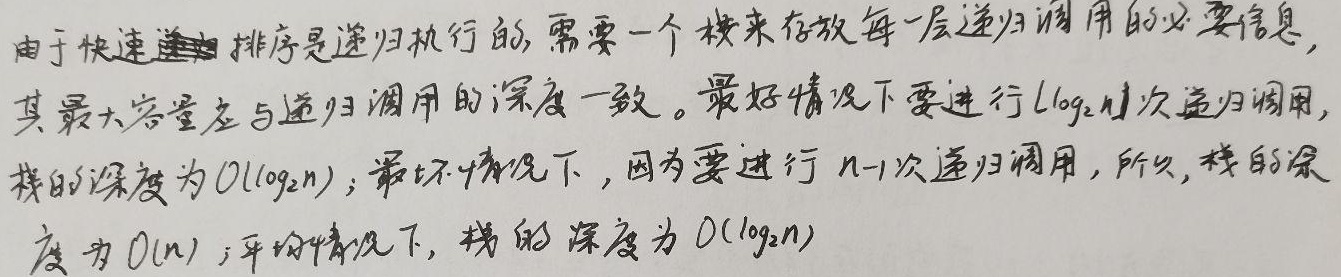
由于快速排序是递归执行的，需要一个栈来存放每一层递归调用的必要信息，其最大容量应与递归调用的深度一致。最好情况下要进行$\lfloor\log_2 n\rfloor$次递归调用，栈的深度为$O(\log_2 n)$；最坏情况下，因为要进行$n - 1$次递归调用，所以，栈的深度为$O(n)$；平均情况下，栈的深度为$O(\log_2 n)$。